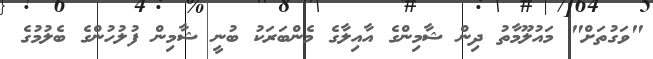
"ވަގުތަށް" މައުލޫމާތު ދިން ޝާމިންގެ އާއިލާގެ މެންބަރަކު ބުނީ ޝާމިން ފުލުހުންގެ ބެލުމުގެ